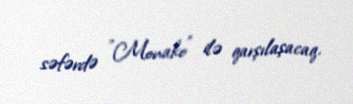
səfərdə "Monako" ilə qarşılaşacaq.